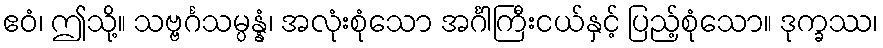
ဧဝံ၊ ဤသို့။ သဗ္ဗင်္ဂသမ္ပန္နံ၊ အလုံးစုံသော အင်္ဂါကြီးငယ်နှင့် ပြည့်စုံသော။ ဒုက္ခဿ၊